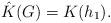
LaTeX: \begin{align*}\hat{K}(G)=K(h_{1}).\end{align*}